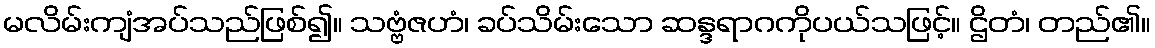
မလိမ်းကျံအပ်သည်ဖြစ်၍။ သဗ္ဗံဇဟံ၊ ခပ်သိမ်းသော ဆန္ဒရာဂကိုပယ်သဖြင့်။ ဌိတံ၊ တည်၏။